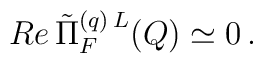
Re \, \tilde{\Pi}_F^{(q) \, L} (Q) \simeq 0 \, .